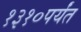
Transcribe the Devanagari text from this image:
१३१०पर्यंत